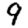
Digit: 9